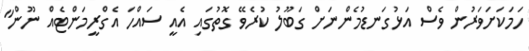
ހަމަކަށަވަރުން ވެސް އަޅުގަނޑުމެންނަށް ގަބޫލު ކުރެވޭ ގޮތުގައި އެއީ ސައްހަ އެގްރީމަންޓެއް ނޫން"